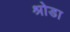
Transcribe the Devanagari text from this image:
श्रोडा